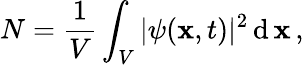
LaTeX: N=\frac{1}{V}\int_{V}|\psi(\mathbf{x},t)|^{2}\, \mathrm{d}\, \mathbf{x}\, ,